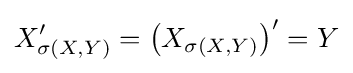
X_{\sigma (X,Y)}'=\left(X_{\sigma (X,Y)}\right)'=Y